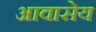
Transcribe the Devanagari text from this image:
आवासेय